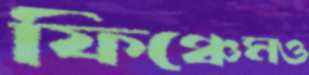
ফিঞ্চেমও